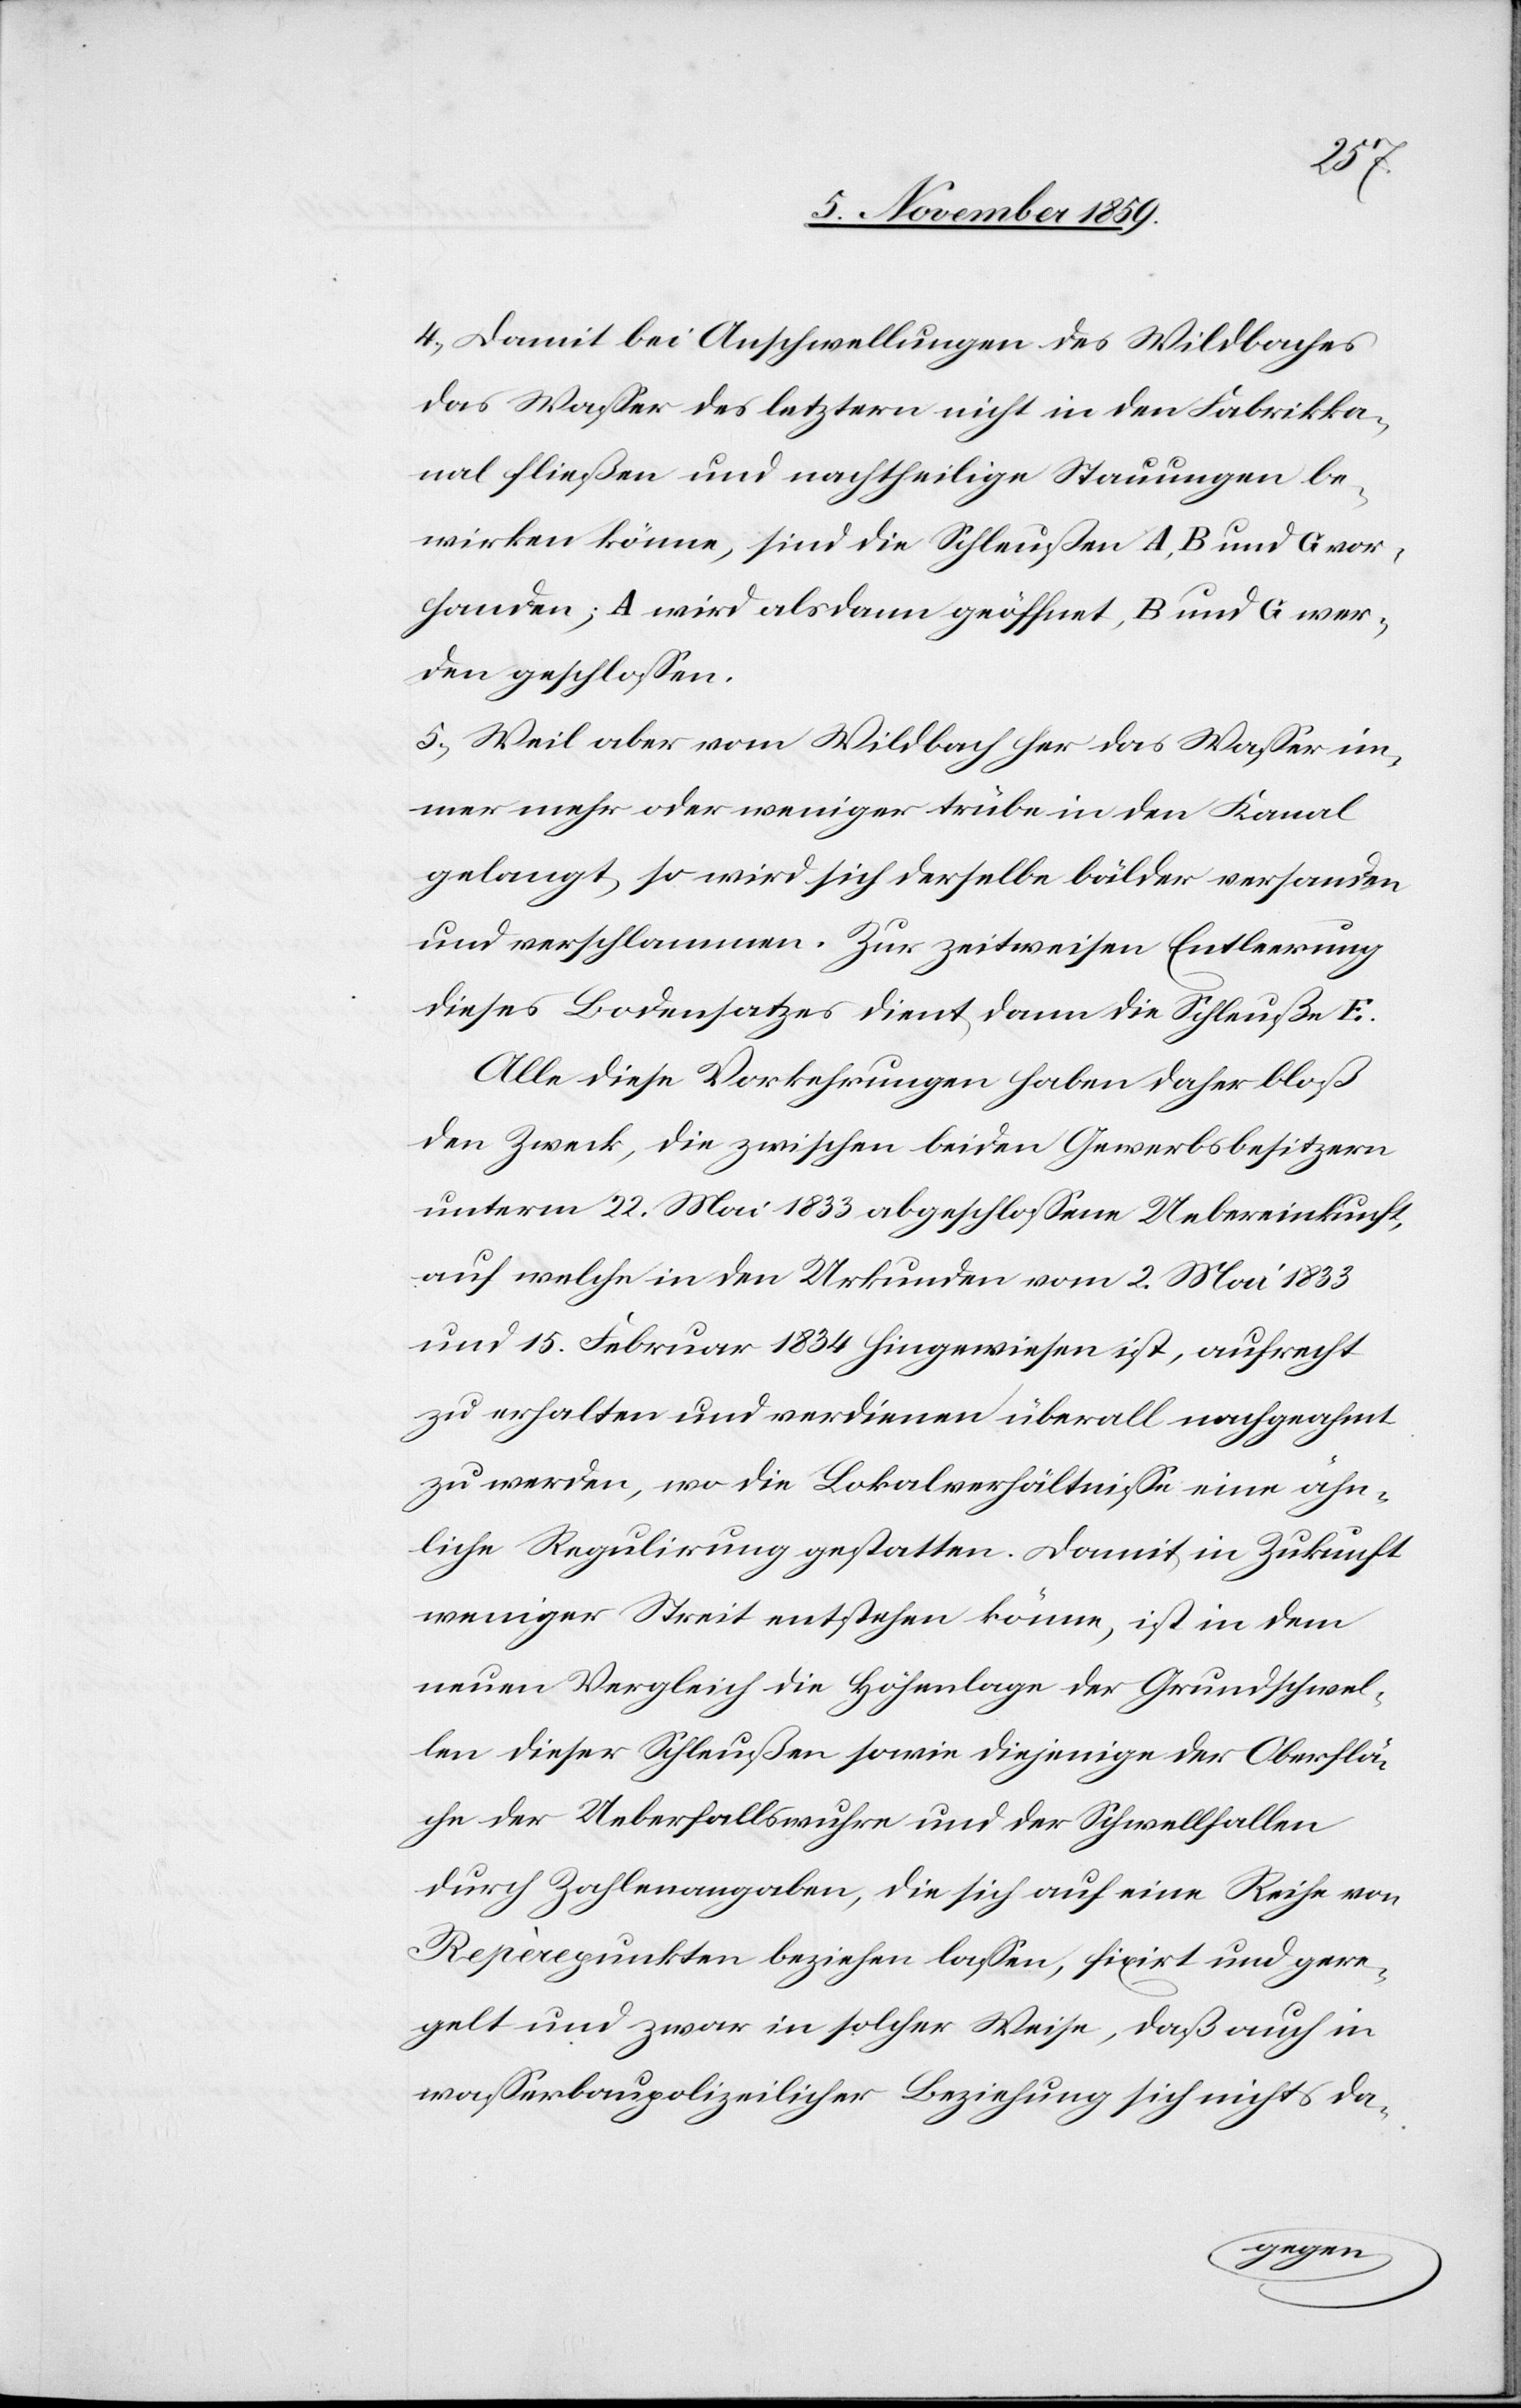
4) Damit bei Anschwellungen des Wildbaches
das Wasser des letztern nicht in den Fabrikka¬
nal fließen und nachtheilige Stauungen be¬
wirken könne, sind die Schleußen A, B und G vor¬
handen; A wird alsdann geöffnet, B und G wer¬
den geschlossen.
5) Weil aber vom Wildbach her das Wasser im¬
mer mehr oder weniger trübe in den Kanal
gelang, so wird sich derselbe bälder versanden
und verschlammen. Zur zeitweisen Entleerung
dieses Bodensatzes dient dann die Schleuße E.
Alle diese Vorkehrungen haben daher bloß
den Zweck, die zwischen beiden Gewerbsbesitzern
unterm 22. Mai 1833 abgeschlossene Uebereinkunft,
auf welche in den Urkunden vom 2. Mai 1833
und 15. Februar 1834 hingewiesen ist, aufrecht
zu erhalten und verdienen überall nachgeahmt
zu werden, wo die Lokalverhältnisse eine ähn¬
liche Regulirung gestatten. Damit in Zukunft
weniger Streit entstehen könne, ist in dem
neuen Vergleich die Höhenlage der Grundschwel¬
le dieser Schleußen sowie diejenige der Oberflä¬
che der Ueberfallswuhre und der Schwellfallen
durch Zahlenangaben, die sich auf eine Reihe von
Repèrepunkten beziehen lassen, fixirt und gere¬
gelt und zwar in solcher Weise, daß auch in
wasserbaupolizeilicher Beziehung sich nichts da-